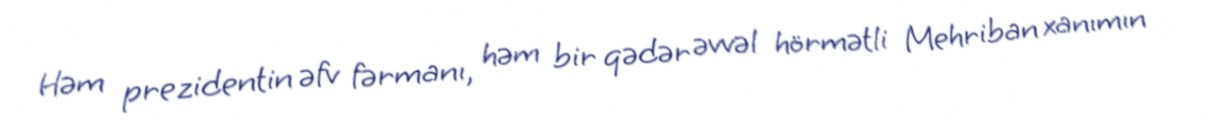
Həm prezidentin əfv fərmanı, həm bir qədər əvvəl hörmətli Mehriban xanımın